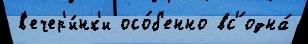
в'ечер'и́нк'и осо́б'енно вс'́ одна́